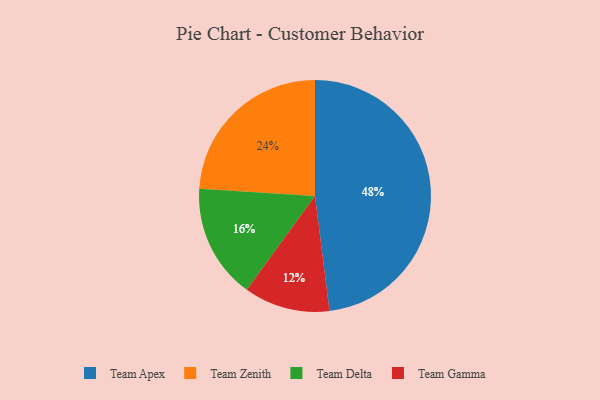
{"axis": {"x": "Category", "y": "Percentage"}, "legend": ["Team Apex", "Team Delta", "Team Gamma", "Team Zenith"], "data": [{"x": "Team Delta", "y": 16, "type": "Team Delta"}, {"x": "Team Gamma", "y": 12, "type": "Team Gamma"}, {"x": "Team Zenith", "y": 24, "type": "Team Zenith"}, {"x": "Team Apex", "y": 48, "type": "Team Apex"}]}